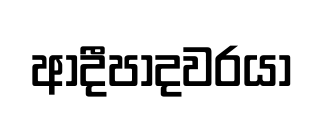
ආදීපාදවරයා